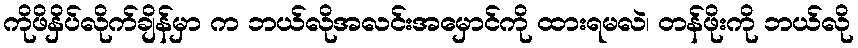
ကိုဖိနှိပ်လိုက်ချိန်မှာ က ဘယ်လိုအလင်းအမှောင်ကို ထားရမလဲ၊ တန်ဖိုးကို ဘယ်လို